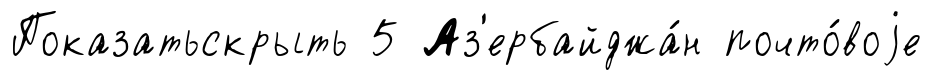
Показатьскрыть 5 Аз'ербайджа́н почто́воjе